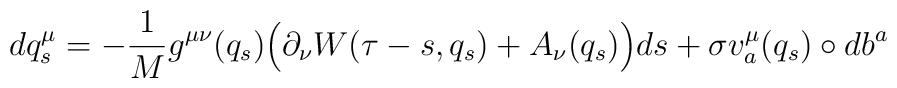
dq_{s}^{\mu}=-\frac{1}{M}g^{\mu\nu}(q_{s})\Big(\partial_{\nu} W(\tau-s,q_{s})+A_{\nu}(q_{s})\Big) ds+\sigma v^{\mu}_{a}(q_{s})\circ db^{a}